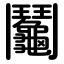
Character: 鬮